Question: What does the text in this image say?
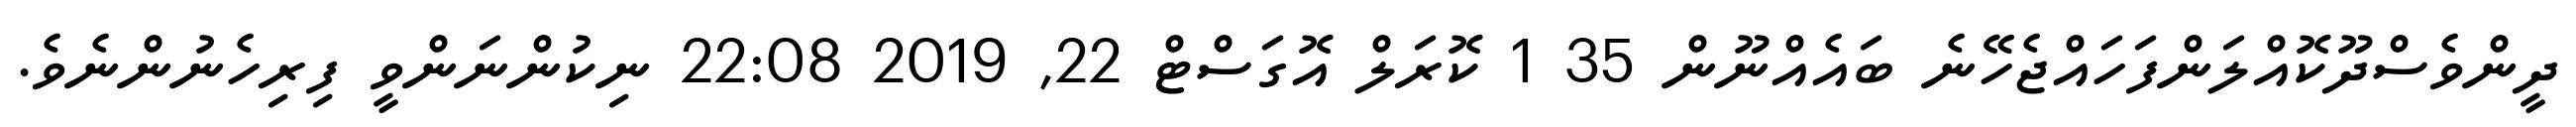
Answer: ދީންވެސްދޫކޮއްލަންފަހައްޖެހޭނެ ބައެއްނޫން 35 1 ކޮރަލް އޮގަސްޓް 22, 2019 22:08 ނިކުންނަންވީ ފިރިހެނުންނެވެ.